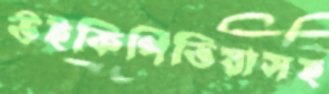
উইকিপিডিয়াসহ